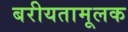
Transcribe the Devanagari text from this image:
बरीयतामूलक